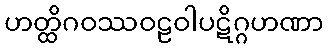
ဟတ္ထိဂဝဿဝဠဝါပဋိဂ္ဂဟဏာ